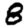
Digit: 8